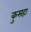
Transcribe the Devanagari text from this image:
कुसहा